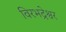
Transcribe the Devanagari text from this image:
विरभद्रेश्वर